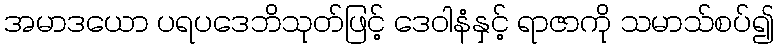
အမာဒယော ပရပဒေဘိသုတ်ဖြင့် ဒေဝါနံနှင့် ရာဇာကို သမာသ်စပ်၍